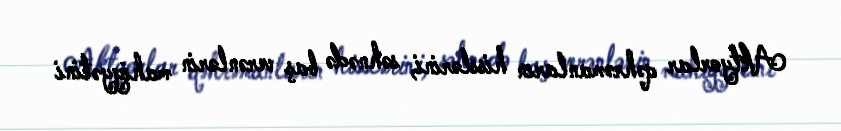
Aktyorlar qəhrəmanların hisslərini, səhnədə baş verənlərin mahiyyətini